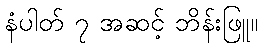
နံပါတ် ၇ အဆင့် ဘိန်းဖြူ။